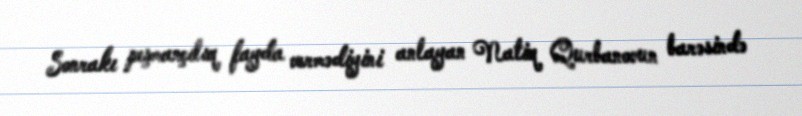
Sonrakı peşmançılıq fayda vermədiyini anlayan Natiq Qurbanovun barəsində